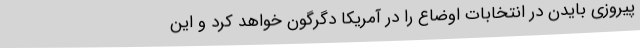
پیروزی بایدن در انتخابات اوضاع را در آمریکا دگرگون خواهد کرد و این